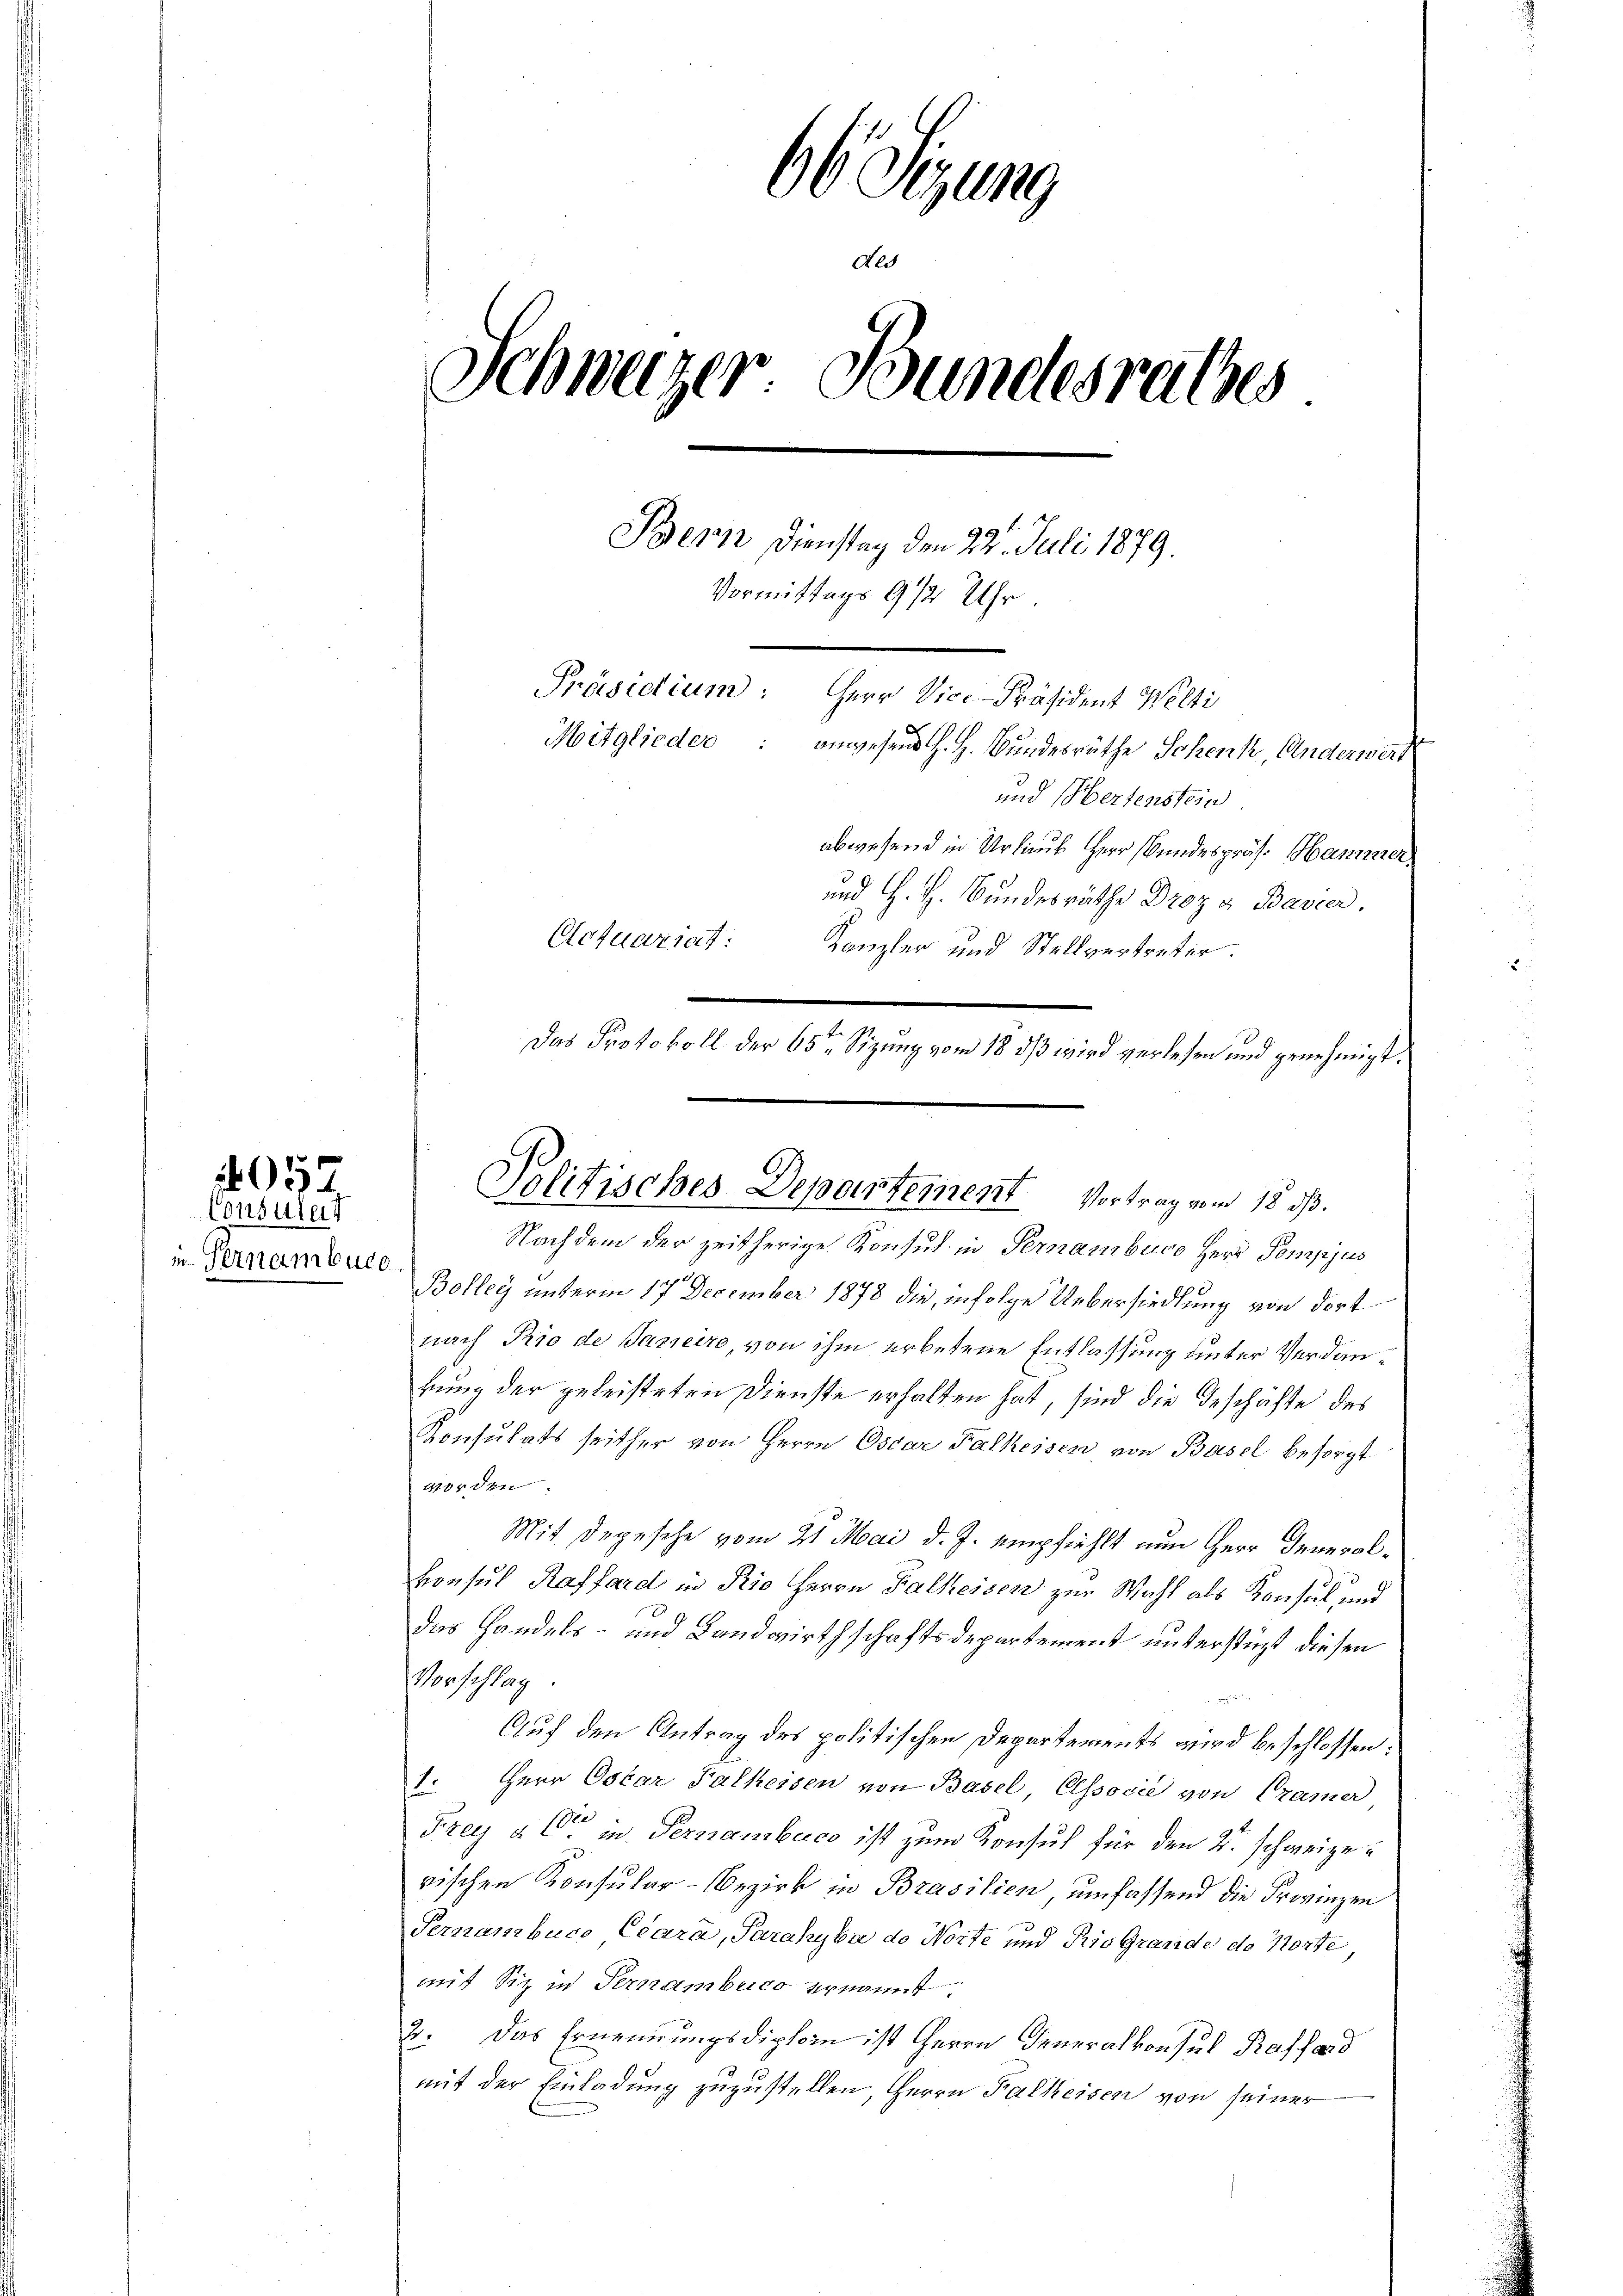
in Pernamburg

0557.
Consulent

66 Sizung
des
Schweizer Bundesrates
Bern Dienstag den 22. Juli 1879.
Vormittags 9 1/2 Uhr
Präsidium: Herr Vice-Präsident Welti
Mitglieder: anwesend H. H. Bundesräthe Schenk, Anderwert
und Hertenstein
abwesend in Urlaub Herr Bundespräs. Hamerer
und H. H. Bundesräthe Droz & Bavier.
Actuariat: Kanzler und Stellvertreter.

Das Protokoll der 65ten Sizung vom 18 dß wird verlesen und genehmigt.

Nachdem der zeitherige Konsul in Pernamburg Herr Pompjus
Bolleg unterm 17 December 1878 die, infolge Uebersiedlung von dortnach Pio de Janeire, von ihm erbetene Entlassung unter Verdanhung der geleisteten Dienste erhalten hat, sind die Geschäfte des
Konsulats seither von Herrn Oscar Falkeisen von Basel besorgt
worden.
Mit Depesche vom 21. Mai d. J. empfiehlt nun Herr Generalvonsul Raffard in Prio Herrn Falkessen zur Wahl als Konsul und
Das Handels- und Landwirthschaftsdepartement unterstüzt diesen
Vorschlag.
Auf den Antrag des politischen Departements wird beschlossen:
1. Herr Oskar Falkeisen von Basel, Elssocie von Cramer
Frey a. O. in Pernamberco ist zum Konsul für den 2. Schweize
rischen Konsular-Bezirk in Brasilien, umfassend die Provinzen
Pernambucs Clara, Parahyba de Norte und Rio Grande de Vorte
mit Siz in Ternambuco ernannt.
2. Das Ernennungsdiphern ist Herrn Generalkonsul Kassard
mit der Einladung zuzustellen, Herrn Falleisen von seiner

Politisches Departement Vortrag vom 18. ds.